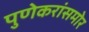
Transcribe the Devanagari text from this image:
पुणेकरांसमोर